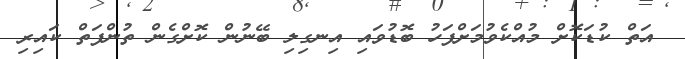
އަތް ކުޑަކޮށް މުއްކެވުމަށްފަހު ބޮޑުވައި އިނގިލި ބޭނުން ކޮށްގެން ތުންފަތް ކައިރި